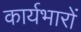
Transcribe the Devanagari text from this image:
कार्यभारों